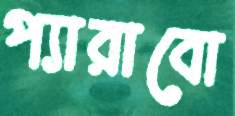
প্যারাবো